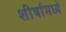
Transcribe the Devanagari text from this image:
शीर्षामध्ये